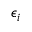
\epsilon _ { i }